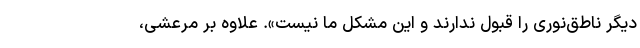
دیگر ناطق‌نوری را قبول ندارند و این مشکل ما نیست». علاوه بر مرعشی،